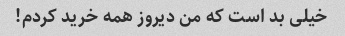
خیلی بد است که من دیروز همه خرید کردم!